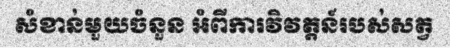
សំខាន់មួយចំនួន អំពីការវិវត្តន៍របស់សត្វ